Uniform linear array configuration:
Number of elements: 12
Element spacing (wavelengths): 0.25
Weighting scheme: exponential
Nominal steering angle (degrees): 30
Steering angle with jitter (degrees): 28.538
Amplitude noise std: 0.05
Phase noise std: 0.05

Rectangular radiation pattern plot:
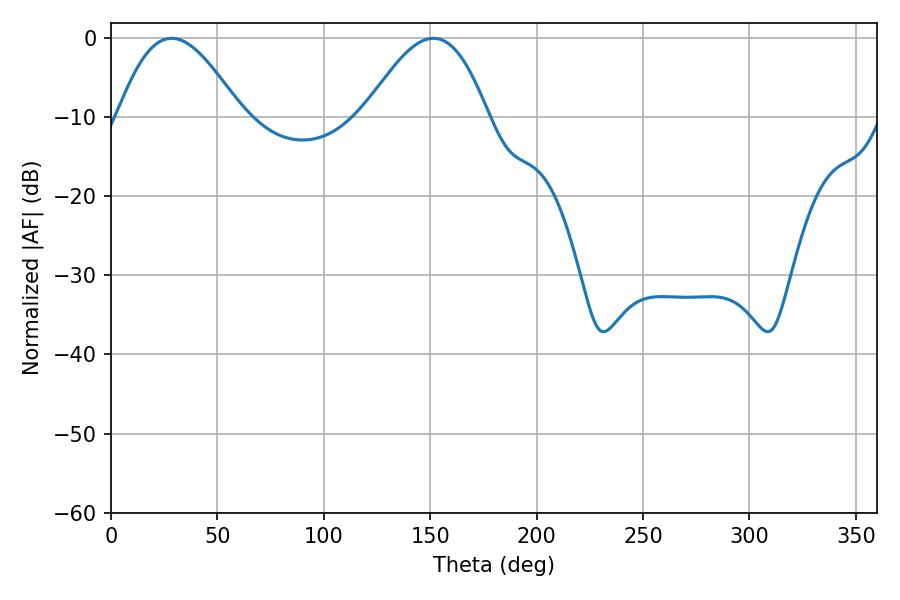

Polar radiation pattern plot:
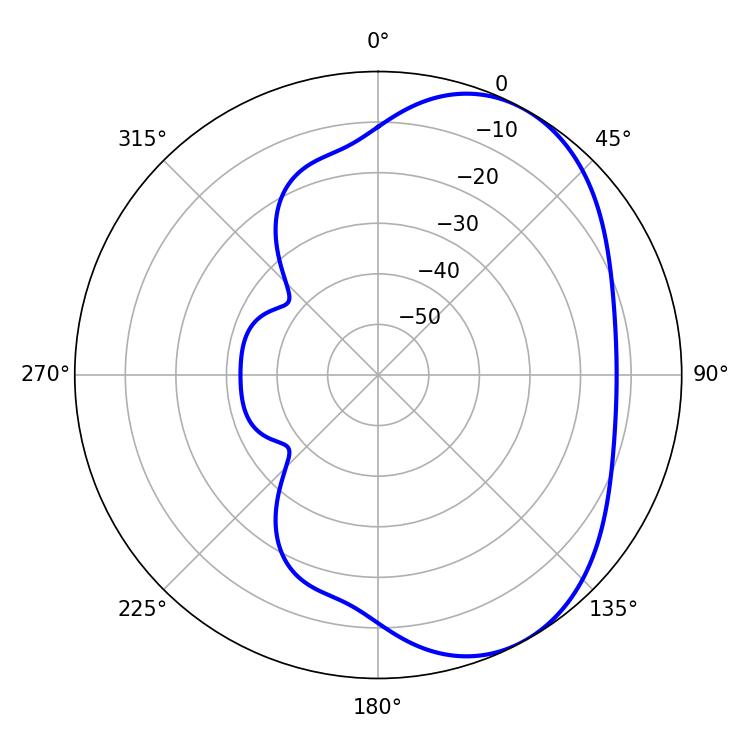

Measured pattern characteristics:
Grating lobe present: FALSE
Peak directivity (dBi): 4.939
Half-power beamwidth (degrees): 31.32
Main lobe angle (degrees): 28.44